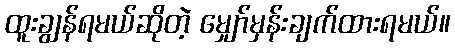
ထူးချွန်ရမယ်ဆိုတဲ့ မျှော်မှန်းချက်ထားရမယ်။